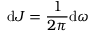
\mathrm { d } J = \frac { 1 } { 2 \pi } \mathrm { d } \omega